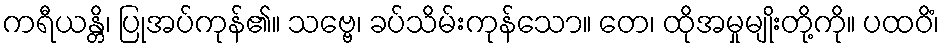
ကရီယန္တိ၊ ပြုအပ်ကုန်၏။ သဗ္ဗေ၊ ခပ်သိမ်းကုန်သော။ တေ၊ ထိုအမှုမျိုးတို့ကို။ ပထဝိံ၊